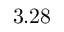
3 . 2 8